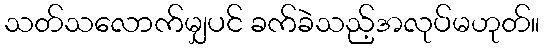
သတ်သလောက်မျှပင် ခက်ခဲသည့်အလုပ်မဟုတ်။